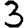
Digit: 3